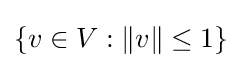
\{v\in V:\|v\|\leq 1\}